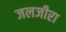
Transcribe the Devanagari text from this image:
जलजीरा